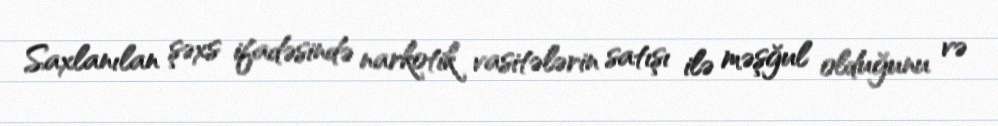
Saxlanılan şəxs ifadəsində narkotik vasitələrin satışı ilə məşğul olduğunu və